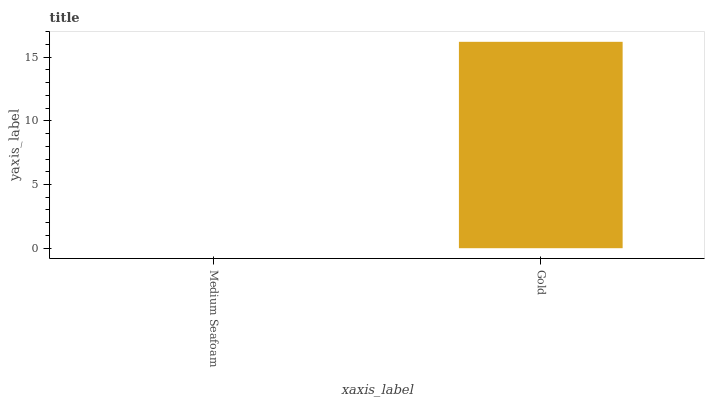
| xaxis_label | bars |
 | --- | --- |
 | Medium Seafoam | 0 |
 | Gold | 16.2 |